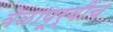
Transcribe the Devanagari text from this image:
वेळापूर्वीच